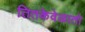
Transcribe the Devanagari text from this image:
तितकेवेळातो